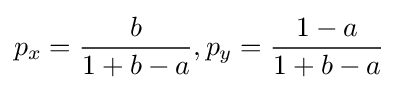
p_{x}={\frac {b}{1+b-a}},p_{y}={\frac {1-a}{1+b-a}}